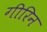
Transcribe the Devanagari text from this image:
गीरिन